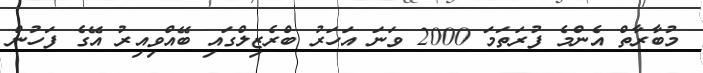
މުބާރާތް އެންމެ ފުރަތަމަ 2000 ވަނަ އަހަރު ބްރެޒިލްގައި ބޭއްވިއިރު އޭގެ ފަހުން